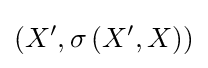
\left(X^{\prime },\sigma \left(X^{\prime },X\right)\right)